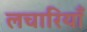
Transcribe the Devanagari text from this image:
लचारियाँ